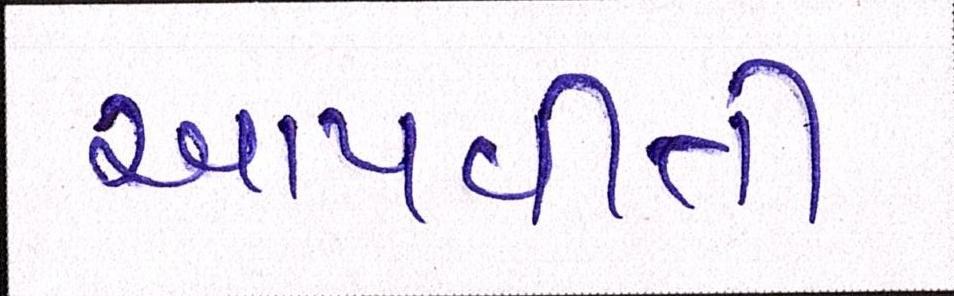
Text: આપવીતી